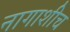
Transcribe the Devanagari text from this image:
नागाशीच